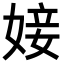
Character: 𡞘